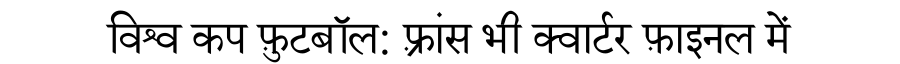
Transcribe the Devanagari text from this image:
विश्व कप फ़ुटबॉल: फ़्रांस भी क्वार्टर फ़ाइनल में